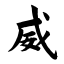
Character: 威